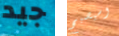
جيد وسيصبح